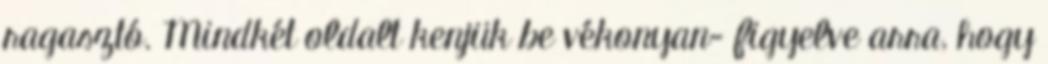
ragasztó. Mindkét oldalt kenjük be vékonyan- figyelve arra, hogy